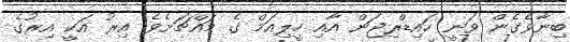
ބިނާވެގެން ވަނީ ހައިޑްރިޖަން އާއި ހީލިއަމް ގެ މައްޗަށެވެ. އިރު އަކީ އިރުގެ